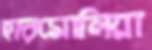
হারমোনিয়া